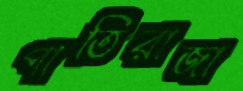
পাতিরাজা